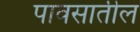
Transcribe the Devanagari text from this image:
पावसातील